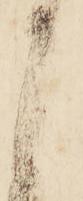
申